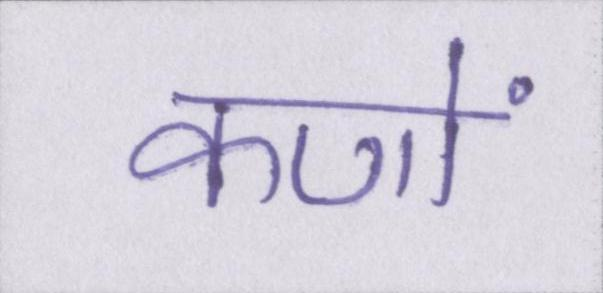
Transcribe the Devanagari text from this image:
कणों